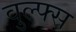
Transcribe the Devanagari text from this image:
वुल्फ्स